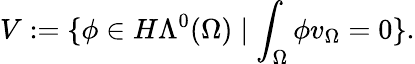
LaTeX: V:=\{ \phi\in H\Lambda^{0}(\Omega)\mid\int_{\Omega}\phi v_{\Omega}=0\} .